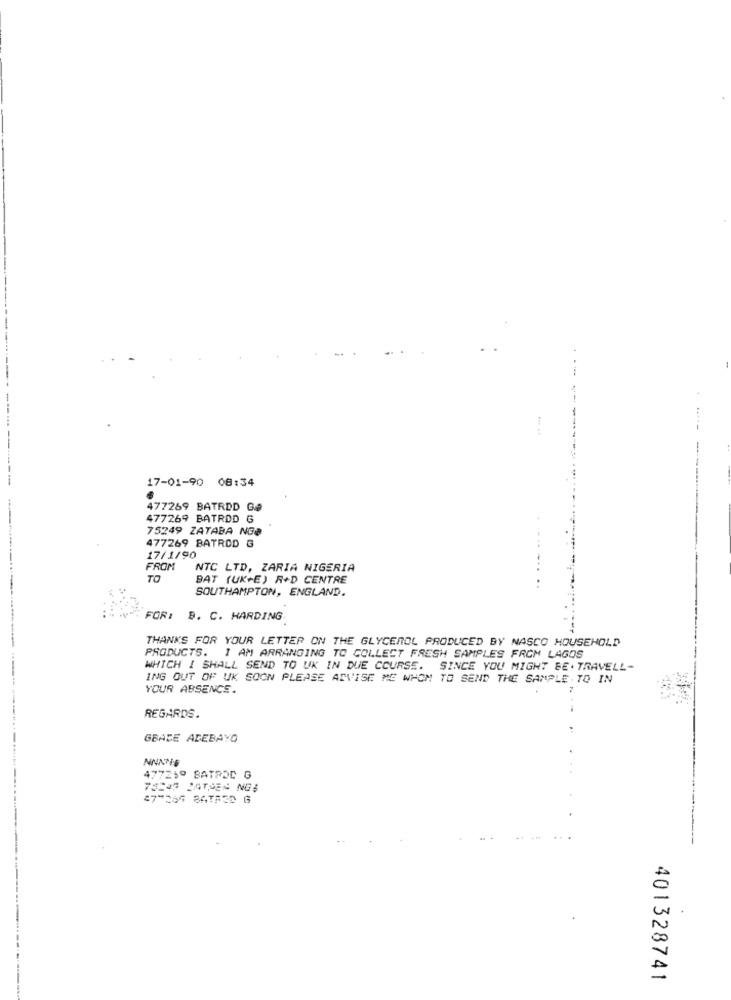
......
--
17-01-90 08:34
477269 BATRDD G@
477269 BATROD G
75249 ZATABA NG8
477269 BATROD G
17/1/90
FROM
NTC LTD, ZARIA NIGERIA
TO
BAT (UK+E) R+D CENTRE
SOUTHAMPTON, ENGLAND.
FOR: B. C. HARDING
THANKS FOR YOUR LETTER ON THE GLYCEROL PRODUCED BY NASCO HOUSEHOLD
PRODUCTS. I AM ARRANGING TO COLLECT FRESH SAMPLES FROM LAGOS
WHICH I SHALL SEND TO UK IN DUE COURSE. SINCE YOU MIGHT BE . TRAVELL-
ING OUT OF UK SOON PLEASE ADVISE ME WHOM TO SEND THE SAMPLE. TO IN
YOUR ABSENCE.
REGARDS.
GBADE ADEBAYO
NNNES
477259 BATROC G
75243 JATPES NG;
401328741